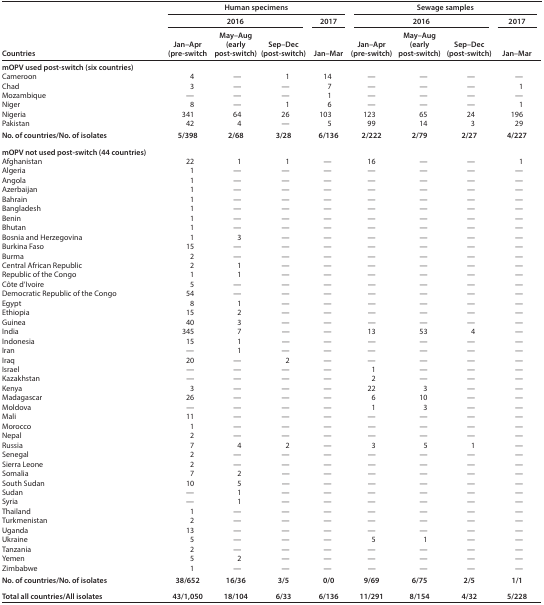
<table><thead><tr><td rowspan="3"><b>Countries</b></td><td colspan="4"><b>Human specimens</b></td><td colspan="4"><b>Sewage samples</b></td></tr><tr><td colspan="3"><b>2016</b></td><td><b>2017</b></td><td colspan="3"><b>2016</b></td><td><b>2017</b></td></tr><tr><td><b>Jan–Apr(pre-switch</b></td><td><b>May–Aug(early post-switch)</b></td><td><b>Sep–Dec(post-switch)</b></td><td><b>Jan–Mar</b></td><td><b>Jan–Apr(pre-switch)</b></td><td><b>May–Aug(early post-switch)</b></td><td><b>Sep–Dec(post-switch)</b></td><td><b>Jan–Mar</b></td></tr></thead><tbody><tr><td colspan="9"><b>mOPV used post-switch (six countries)</b></td></tr><tr><td>Cameroon</td><td>4</td><td>—</td><td>1</td><td>14</td><td>—</td><td>—</td><td>—</td><td>—</td></tr><tr><td>Chad</td><td>3</td><td>—</td><td>—</td><td>7</td><td>—</td><td>—</td><td>—</td><td>1</td></tr><tr><td>Mozambique</td><td>—</td><td>—</td><td>—</td><td>1</td><td>—</td><td>—</td><td>—</td><td>—</td></tr><tr><td>Niger</td><td>8</td><td>—</td><td>1</td><td>6</td><td>—</td><td>—</td><td>—</td><td>1</td></tr><tr><td>Nigeria</td><td>341</td><td>64</td><td>26</td><td>103</td><td>123</td><td>65</td><td>24</td><td>196</td></tr><tr><td>Pakistan</td><td>42</td><td>4</td><td>—</td><td>5</td><td>99</td><td>14</td><td>3</td><td>29</td></tr><tr><td><b>No. of countries/No. of isolates</b></td><td>5/398</td><td>2/68</td><td>3/28</td><td>6/136</td><td>2/222</td><td>2/79</td><td>2/27</td><td>4/227</td></tr><tr><td colspan="9"><b>mOPV not used post-switch (44 countries)</b></td></tr><tr><td>Afghanistan</td><td>22</td><td>1</td><td>1</td><td>—</td><td>16</td><td>—</td><td>—</td><td>1</td></tr><tr><td>Algeria</td><td>1</td><td>—</td><td>—</td><td>—</td><td>—</td><td>—</td><td>—</td><td>—</td></tr><tr><td>Angola</td><td>1</td><td>—</td><td>—</td><td>—</td><td>—</td><td>—</td><td>—</td><td>—</td></tr><tr><td>Azerbaijan</td><td>1</td><td>—</td><td>—</td><td>—</td><td>—</td><td>—</td><td>—</td><td>—</td></tr><tr><td>Bahrain</td><td>1</td><td>—</td><td>—</td><td>—</td><td>—</td><td>—</td><td>—</td><td>—</td></tr><tr><td>Bangladesh</td><td>1</td><td>—</td><td>—</td><td>—</td><td>—</td><td>—</td><td>—</td><td>—</td></tr><tr><td>Benin</td><td>1</td><td>—</td><td>—</td><td>—</td><td>—</td><td>—</td><td>—</td><td>—</td></tr><tr><td>Bhutan</td><td>1</td><td>—</td><td>—</td><td>—</td><td>—</td><td>—</td><td>—</td><td>—</td></tr><tr><td>Bosnia and Herzegovina</td><td>1</td><td>3</td><td>—</td><td>—</td><td>—</td><td>—</td><td>—</td><td>—</td></tr><tr><td>Burkina Faso</td><td>15</td><td>—</td><td>—</td><td>—</td><td>—</td><td>—</td><td>—</td><td>—</td></tr><tr><td>Burma</td><td>2</td><td>—</td><td>—</td><td>—</td><td>—</td><td>—</td><td>—</td><td>—</td></tr><tr><td>Central African Republic</td><td>2</td><td>1</td><td>—</td><td>—</td><td>—</td><td>—</td><td>—</td><td>—</td></tr><tr><td>Republic of the Congo</td><td>1</td><td>1</td><td>—</td><td>—</td><td>—</td><td>—</td><td>—</td><td>—</td></tr><tr><td>Côte d’Ivoire</td><td>5</td><td>—</td><td>—</td><td>—</td><td>—</td><td>—</td><td>—</td><td>—</td></tr><tr><td>Democratic Republic of the Congo</td><td>54</td><td>—</td><td>—</td><td>—</td><td>—</td><td>—</td><td>—</td><td>—</td></tr><tr><td>Egypt</td><td>8</td><td>1</td><td>—</td><td>—</td><td>—</td><td>—</td><td>—</td><td>—</td></tr><tr><td>Ethiopia</td><td>15</td><td>2</td><td>—</td><td>—</td><td>—</td><td>—</td><td>—</td><td>—</td></tr><tr><td>Guinea</td><td>40</td><td>3</td><td>—</td><td>—</td><td>—</td><td>—</td><td>—</td><td>—</td></tr><tr><td>India</td><td>345</td><td>7</td><td>—</td><td>—</td><td>13</td><td>53</td><td>4</td><td>—</td></tr><tr><td>Indonesia</td><td>15</td><td>1</td><td>—</td><td>—</td><td>—</td><td>—</td><td>—</td><td>—</td></tr><tr><td>Iran</td><td>—</td><td>1</td><td>—</td><td>—</td><td>—</td><td>—</td><td>—</td><td>—</td></tr><tr><td>Iraq</td><td>20</td><td>—</td><td>2</td><td>—</td><td>—</td><td>—</td><td>—</td><td>—</td></tr><tr><td>Israel</td><td>—</td><td>—</td><td>—</td><td>—</td><td>1</td><td>—</td><td>—</td><td>—</td></tr><tr><td>Kazakhstan</td><td>—</td><td>—</td><td>—</td><td>—</td><td>2</td><td>—</td><td>—</td><td>—</td></tr><tr><td>Kenya</td><td>3</td><td>—</td><td>—</td><td>—</td><td>22</td><td>3</td><td>—</td><td>—</td></tr><tr><td>Madagascar</td><td>26</td><td>—</td><td>—</td><td>—</td><td>6</td><td>10</td><td>—</td><td>—</td></tr><tr><td>Moldova</td><td>—</td><td>—</td><td>—</td><td>—</td><td>1</td><td>3</td><td>—</td><td>—</td></tr><tr><td>Mali</td><td>11</td><td>—</td><td>—</td><td>—</td><td>—</td><td>—</td><td>—</td><td>—</td></tr><tr><td>Morocco</td><td>1</td><td>—</td><td>—</td><td>—</td><td>—</td><td>—</td><td>—</td><td>—</td></tr><tr><td>Nepal</td><td>2</td><td>—</td><td>—</td><td>—</td><td>—</td><td>—</td><td>—</td><td>—</td></tr><tr><td>Russia</td><td>7</td><td>4</td><td>2</td><td>—</td><td>3</td><td>5</td><td>1</td><td>—</td></tr><tr><td>Senegal</td><td>2</td><td>—</td><td>—</td><td>—</td><td>—</td><td>—</td><td>—</td><td>—</td></tr><tr><td>Sierra Leone</td><td>2</td><td>—</td><td>—</td><td>—</td><td>—</td><td>—</td><td>—</td><td>—</td></tr><tr><td>Somalia</td><td>7</td><td>2</td><td>—</td><td>—</td><td>—</td><td>—</td><td>—</td><td>—</td></tr><tr><td>South Sudan</td><td>10</td><td>5</td><td>—</td><td>—</td><td>—</td><td>—</td><td>—</td><td>—</td></tr><tr><td>Sudan</td><td>—</td><td>1</td><td>—</td><td>—</td><td>—</td><td>—</td><td>—</td><td>—</td></tr><tr><td>Syria</td><td>—</td><td>1</td><td>—</td><td>—</td><td>—</td><td>—</td><td>—</td><td>—</td></tr><tr><td>Thailand</td><td>1</td><td>—</td><td>—</td><td>—</td><td>—</td><td>—</td><td>—</td><td>—</td></tr><tr><td>Turkmenistan</td><td>2</td><td>—</td><td>—</td><td>—</td><td>—</td><td>—</td><td>—</td><td>—</td></tr><tr><td>Uganda</td><td>13</td><td>—</td><td>—</td><td>—</td><td>—</td><td>—</td><td>—</td><td>—</td></tr><tr><td>Ukraine</td><td>5</td><td>—</td><td>—</td><td>—</td><td>5</td><td>1</td><td>—</td><td>—</td></tr><tr><td>Tanzania</td><td>2</td><td>—</td><td>—</td><td>—</td><td>—</td><td>—</td><td>—</td><td>—</td></tr><tr><td>Yemen</td><td>5</td><td>2</td><td>—</td><td>—</td><td>—</td><td>—</td><td>—</td><td>—</td></tr><tr><td>Zimbabwe</td><td>1</td><td>—</td><td>—</td><td>—</td><td>—</td><td>—</td><td>—</td><td>—</td></tr><tr><td><b>No. of countries/No. of isolates</b></td><td><b>38/652</b></td><td><b>16/36</b></td><td><b>3/5</b></td><td><b>0/0</b></td><td><b>9/69</b></td><td><b>6/75</b></td><td><b>2/5</b></td><td><b>1/1</b></td></tr><tr><td><b>Total all countries/All isolates</b></td><td><b>43/1,050</b></td><td><b>18/104</b></td><td><b>6/33</b></td><td><b>6/136</b></td><td><b>11/291</b></td><td><b>8/154</b></td><td><b>4/32</b></td><td><b>5/228</b></td></tr></tbody></table>